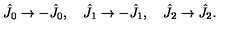
\hat { J } _ { 0 } \rightarrow - \hat { J } _ { 0 } , \quad \hat { J } _ { 1 } \rightarrow - \hat { J } _ { 1 } , \quad \hat { J } _ { 2 } \rightarrow \hat { J } _ { 2 } .